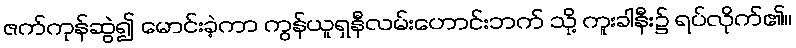
ဇက်ကုန်ဆွဲ၍ မောင်းခဲ့ကာ ကွန်ယူရှနီလမ်းဟောင်းဘက် သို့ ကူးခါနီး၌ ရပ်လိုက်၏။